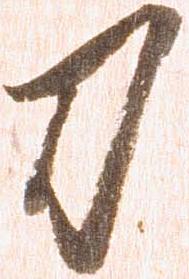
刀